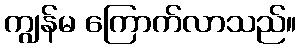
ကျွန်မ ကြောက်လာသည်။